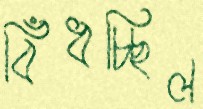
বিঁধচ্ছিল